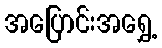
အပြောင်းအရွှေ့